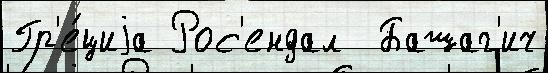
Гр'е́циjа Рос'ендал  Башаг'ич